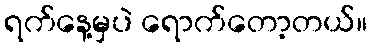
ရက်နေ့မှပဲ ရောက်တော့တယ်။